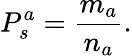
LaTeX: P_{s}^{a}=\frac{m_{a}}{n_{a}}.